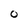
Character: O